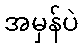
အမှန်ပဲ